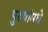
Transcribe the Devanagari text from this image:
पुरुषांमधे